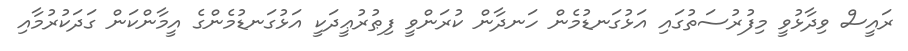
ރައީސް ވިދާޅުވީ މިފުރުސަތުގައި އަޅުގަނޑުމެން ހަނދާން ކުރަންވީ ފިޠުރުޢީދަކީ އަޅުގަނޑުމެންގެ އީމާންކަން ގަދަކުރުމާއި